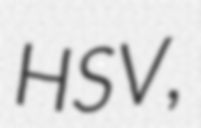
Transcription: HSV,